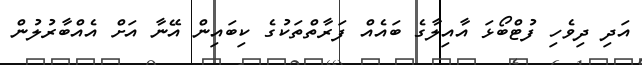
އަދި ދިވެހި ފުޓްބޯޅަ އާއިލާގެ ބައެއް ފަރާތްތަކުގެ ކިބައިން އޭނާ އަށް އެއްބާރުލުން